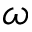
\omega